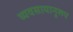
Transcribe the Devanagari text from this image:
व्यवसायानुरूप